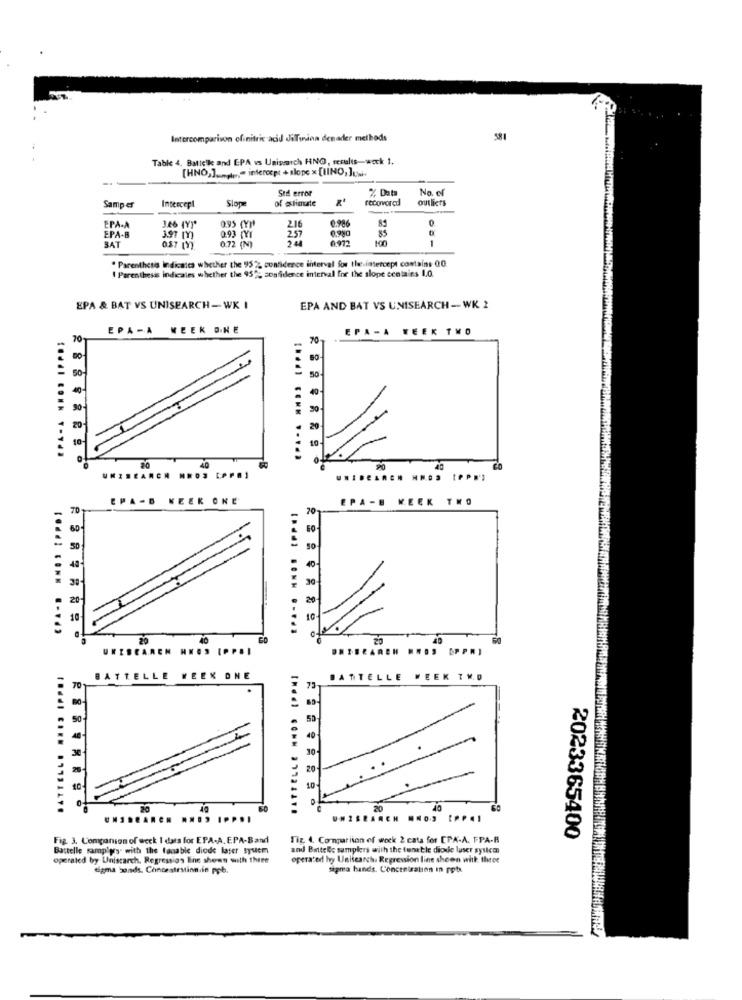
Intercomparison of nitric acid JiTunion denadler methods
581
Table 4. Batieike and EPA vs Unipmarch HNO, results-wock 1.
[HNO,] ......;- intercept + slope x [HNO, ]uw
Sed error
% Data
No. of
Slope
of elimate
recovered
outliers
Samp es
Intercepl
0.95 (Y))
0.986
0
EPA-
EPA-B
0.93 TYI
2.16
85
SAT
3.97 m)
257
0.972
1
0.72 (N)
. Parenthesis Indicates whether the 95 % confidence interval for the intercept contains 00
I Parenthesis indicales whether the 95% confidence interval Ine the slope contains 1.0.
EPA & BAT VS UNISEARCH-WX I
EPA AND BAT VS UNISEARCH -WK 2
EPA-A WEEK ONE
EPA-A WEEK TWO
70
70
50-
50
20
10
20
40
ARCH ....
EPA-D KEEK ONE
EPA -B WEEK THO
70
20-
90
20
20
UNISCAREN ANOS IPPOI
BATTELLE ... 3 IPARI
BATTELLE
WEEK ONE
BATTELLE WEEK TH.D
40
10
10
20
40
IPPDI
Fig. 3. Companion of wcck 1 dats for EPA-A. EPA-Band
Tig. 4. Comparison of work 2 cata for CPA-A. FPA-B
2023365400
Battelle sampips with the fanable diode laser System
and BatteRc samplers with the tunetle diode luser system
operated by Uniscarch. Regression Ene shown with three
operated hy Unisearch. Regression line sheen wik Ihrer
sigma bonds. Concentration in ppb.
sigma hands. Concenisation In rot.